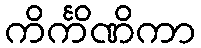
ကိင်္ကိဏိကာ